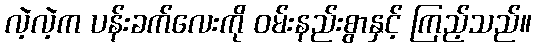
လဲ့လဲ့က ပန်းခက်လေးကို ဝမ်းနည်းစွာနှင့် ကြည့်သည်။